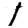
Digit: 1